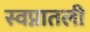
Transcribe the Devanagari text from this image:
स्वप्नातली